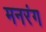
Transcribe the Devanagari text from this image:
मनरंग